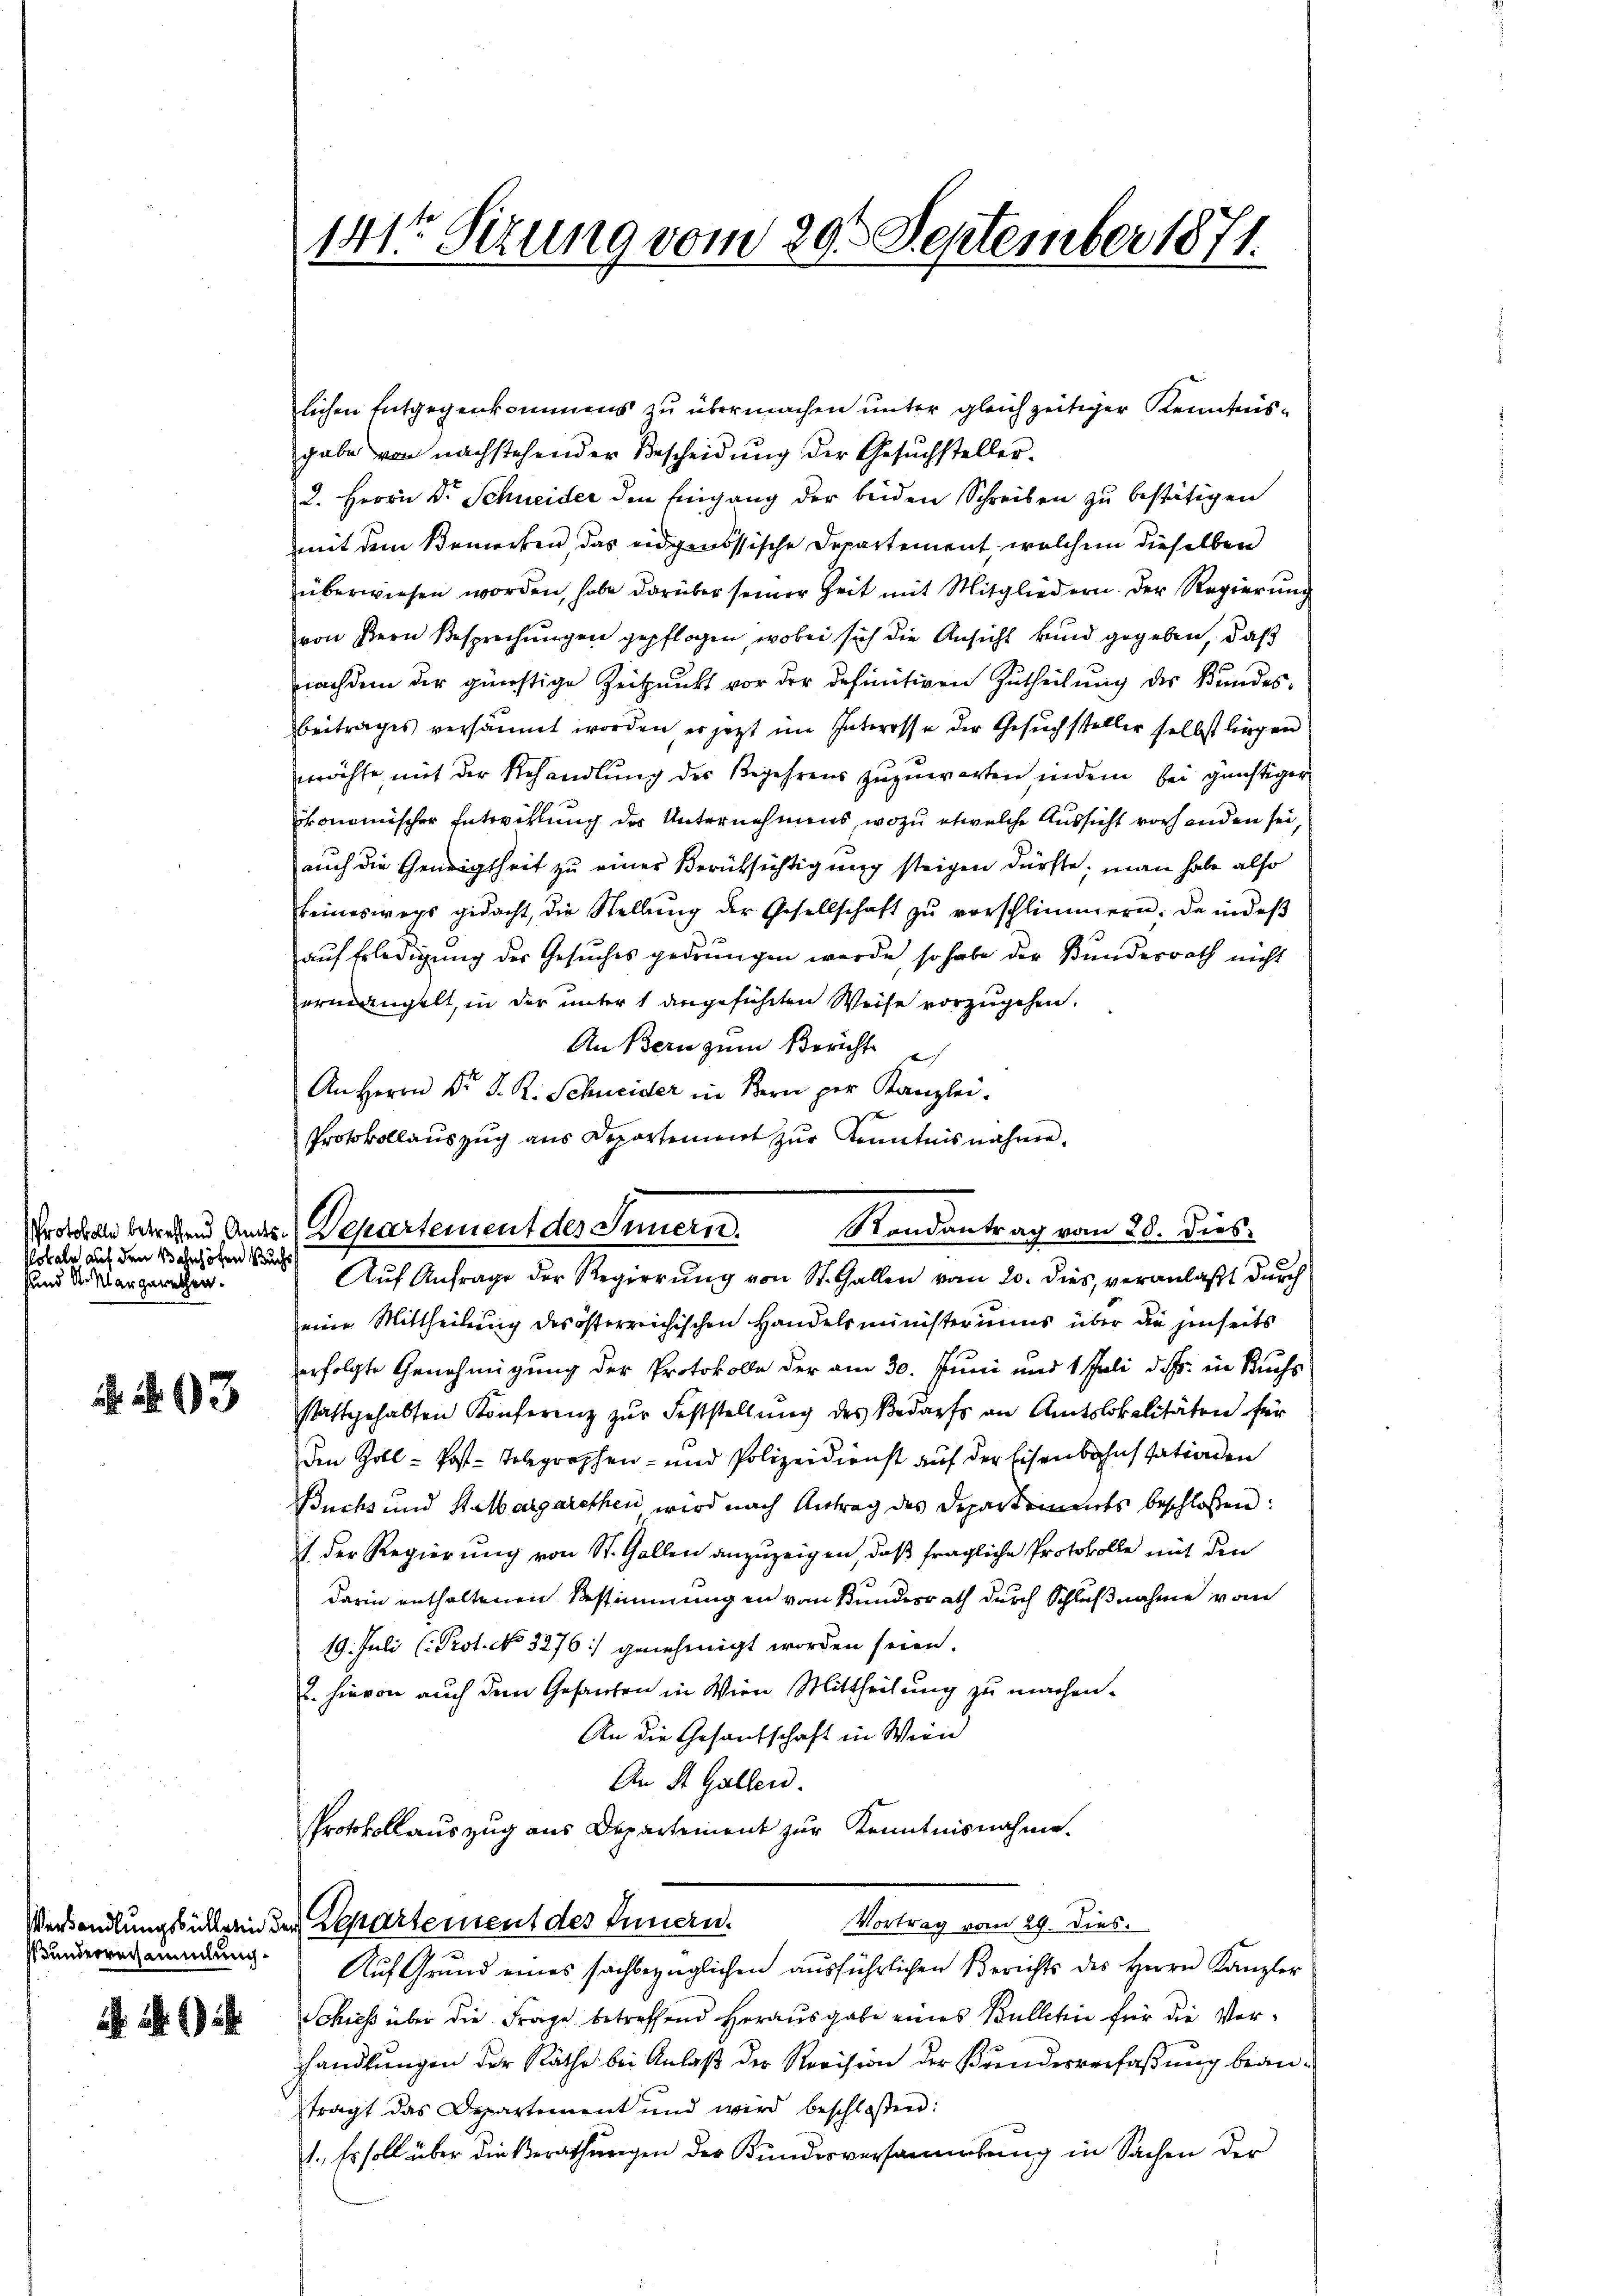
Pokale auf den Bahnhöfen Buchs
sund A. Klar gerechen.

93

Bunderversammlung

) i

141te Sitzung vom 29. September 1871.

lichen Entgegenkommens zu übermachen unter gleichzeitiger Kenntnisgabe von nachstehender Bescheidŭng der Gesŭchsteller.
2. Herrn Dr. Schneider den Eingang der beiden Schreiben zu bestätigen
mit dem Bemerken, das eidgenössische Departement, welchem dieselben
überwiesen worden, habe darüber seiner Zeit mit Mitgliedern. Der Regierŭng
von Bern Besprechungen gepflogen, wobei sich die Ansicht und gegeben, daß
nnachdem der günstige Zeitpunkt vor der definitiven Zutheilung des Bundes-
Beitrages versäumt worden er jetzt im Interesse der Gesuchsteller selbst liegen
wröchte mit der Behandlung des Begehrens zuzuwarten, indem bei günstiger
konomischer Entwicklung des Unternehmens, wozu etwelche Aussicht vorhanden sei,
auch die Geneigtheit zu einer Berüksichtigung steigen dürfte; man habe also
keineswegs gedacht, die Stellŭng der Gesellschaft zŭ verschlimmern; da indeβ
auf Erledigung der Gesuches gedrungen werde, so habe der Bunderrath nicht
ermangelt, in der unter 1 angeführten Weise vorzugehen.
An Bern zum Bericht
An Herrn Dr. S. R. Schneider in Bern per Kanzlei.
Protokollauszug aus Departement zur Kenntnisnahme.
eine Mittheilung des österreichischen Handelsministeriums über die jenseits
erfolgte Genehmigung der Protokolle der am 30. Juni und 1 Juli d. Js. in Buchs
stattgehalten Konferenz zŭr Feststellŭng des Bedarfs an Amtslokalitäten für
Ien Zoll - Post-Telegraphen- und Polizeidienst aŭf der Eisenbahnstationen
Buchs und St. Margarethen wird nach Antrag des Departements beschlossen:
1 der Regierung von St. Gallen anzuzeigen, daß fragliche Protokolle mit den
darin enthaltenen Bestimmung in vom Bundesrath durch Schlußnahme vom
19. Juli (Prot. No 3276: genehmigt worden seien.
. hievon auch dem Gesanden in Wien Mittheilung zu machen.
An die Gesantschaft in Wien
An St. Gallen.
Protokollauszug aus Departement zur Kenntnisnahme.
Vortrag vom 29. dies.
Verhandlungsbüchlerin der Repartement des Innern.
Auf Grund eines sachbezüglichen ausführlichen Berichts des Herrn Kanzler
Schieß über die Frage betreffend Herausgabe eines Bulletin für die Verhhandlungen der Räthe bei Anlaß der Revision der Kundesverfaßung beantragt das Departement und wird beschloßen:
1., Es soll über die Berathungen der Kundesversammlung in Sachen der

Schrodel betreffend Ander. Departement des Innern. Randantrag vom 28. Dies
Auf Anfrage der Regierung von St. Gallen vom 20. dies, veranlaßt durch